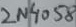
Text: 2N4058